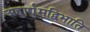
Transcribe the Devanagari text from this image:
अहार्द्द्युमद्विभाति